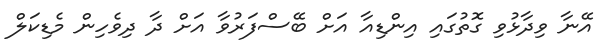
އޭނާ ވިދާޅުވި ގޮތުގައި އިންޑިއާ އަށް ބޭސްފަރުވާ އަށް ދާ ދިވެހިން މެޑިކަލް